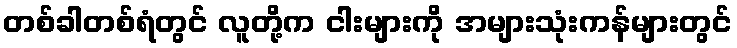
တစ်ခါတစ်ရံတွင် လူတို့က ငါးများကို အများသုံးကန်များတွင်